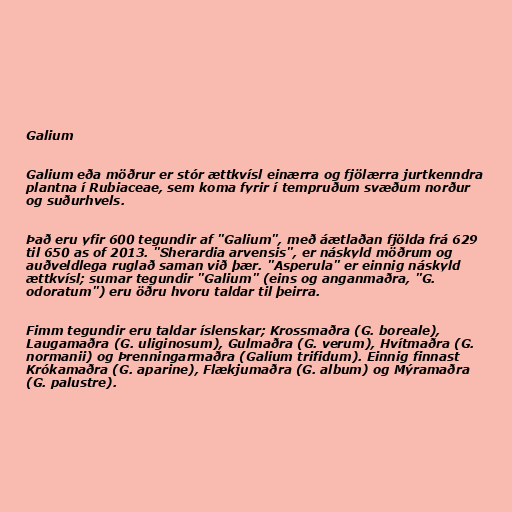
Galium

Galium eða möðrur er stór ættkvísl einærra og fjölærra jurtkenndra
plantna í Rubiaceae, sem koma fyrir í tempruðum svæðum norður
og suðurhvels.

Það eru yfir 600 tegundir af "Galium", með áætlaðan fjölda frá 629
til 650 as of 2013. "Sherardia arvensis", er náskyld möðrum og
auðveldlega ruglað saman við þær. "Asperula" er einnig náskyld
ættkvísl; sumar tegundir "Galium" (eins og anganmaðra, "G.
odoratum") eru öðru hvoru taldar til þeirra.

Fimm tegundir eru taldar íslenskar; Krossmaðra (G. boreale),
Laugamaðra (G. uliginosum), Gulmaðra (G. verum), Hvítmaðra (G.
normanii) og Þrenningarmaðra (Galium trifidum). Einnig finnast
Krókamaðra (G. aparine), Flækjumaðra (G. album) og Mýramaðra
(G. palustre).